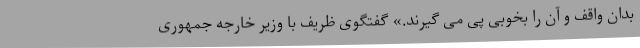
بدان واقف و آن را بخوبی پی می گیرند.» گفتگوی ظریف با وزیر خارجه جمهوری